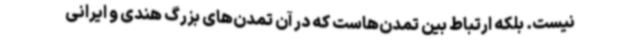
نیست. بلکه ارتباط بین تمدن‌هاست که در آن تمدن‌های بزرگ هندی و ایرانی